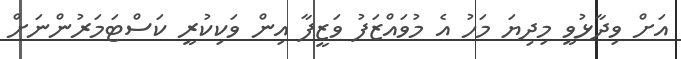
އަށް ވިދާޅުވީ މިދިޔަ މަހު އެ މުވައްޒަފު ވަޒީފާ އިން ވަކިކުރީ ކަސްޓަމަރުންނަށް